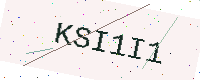
Text: KSI1I1